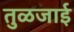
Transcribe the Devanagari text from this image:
तुळजाई